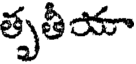
తృతీయా